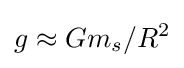
g\approx Gm_{s}/R^{2}